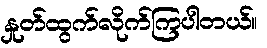
နှုတ်ထွက်လိုက်ကြပါတယ်။